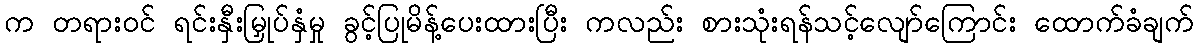
က တရားဝင် ရင်းနှီးမြှုပ်နှံမှု ခွင့်ပြုမိန့်ပေးထားပြီး ကလည်း စားသုံးရန်သင့်လျော်ကြောင်း ထောက်ခံချက်